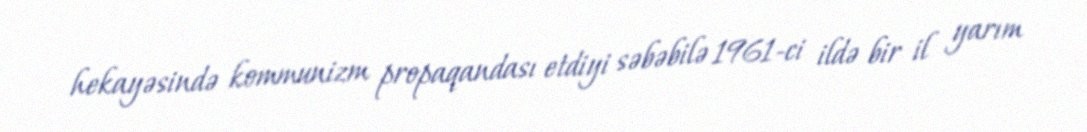
hekayəsində kommunizm propaqandası etdiyi səbəbilə 1961-ci ildə bir il yarım